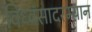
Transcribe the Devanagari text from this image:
विध्वंसादरम्यान